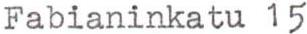
Fabianinkatu 15